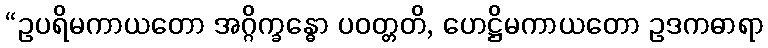
“ဥပရိမကာယတော အဂ္ဂိက္ခန္ဓော ပဝတ္တတိ, ဟေဋ္ဌိမကာယတော ဥဒကဓာရာ